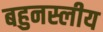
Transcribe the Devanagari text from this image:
बहुनस्लीय